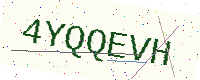
Text: 4YQQEVH